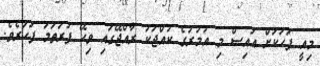
މިއީ ފަހަކަށް އައިސް މި އުމުރުގެ ކުއްޖަކު ރާއްޖޭގައި ވިހޭ ފުރަތަމަ ފަހަރެވެ.